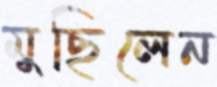
মুছিলেন